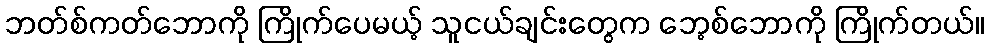
ဘတ်စ်ကတ်ဘောကို ကြိုက်ပေမယ့် သူငယ်ချင်းတွေက ဘေ့စ်ဘောကို ကြိုက်တယ်။